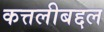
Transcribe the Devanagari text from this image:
कत्तलीबद्दल